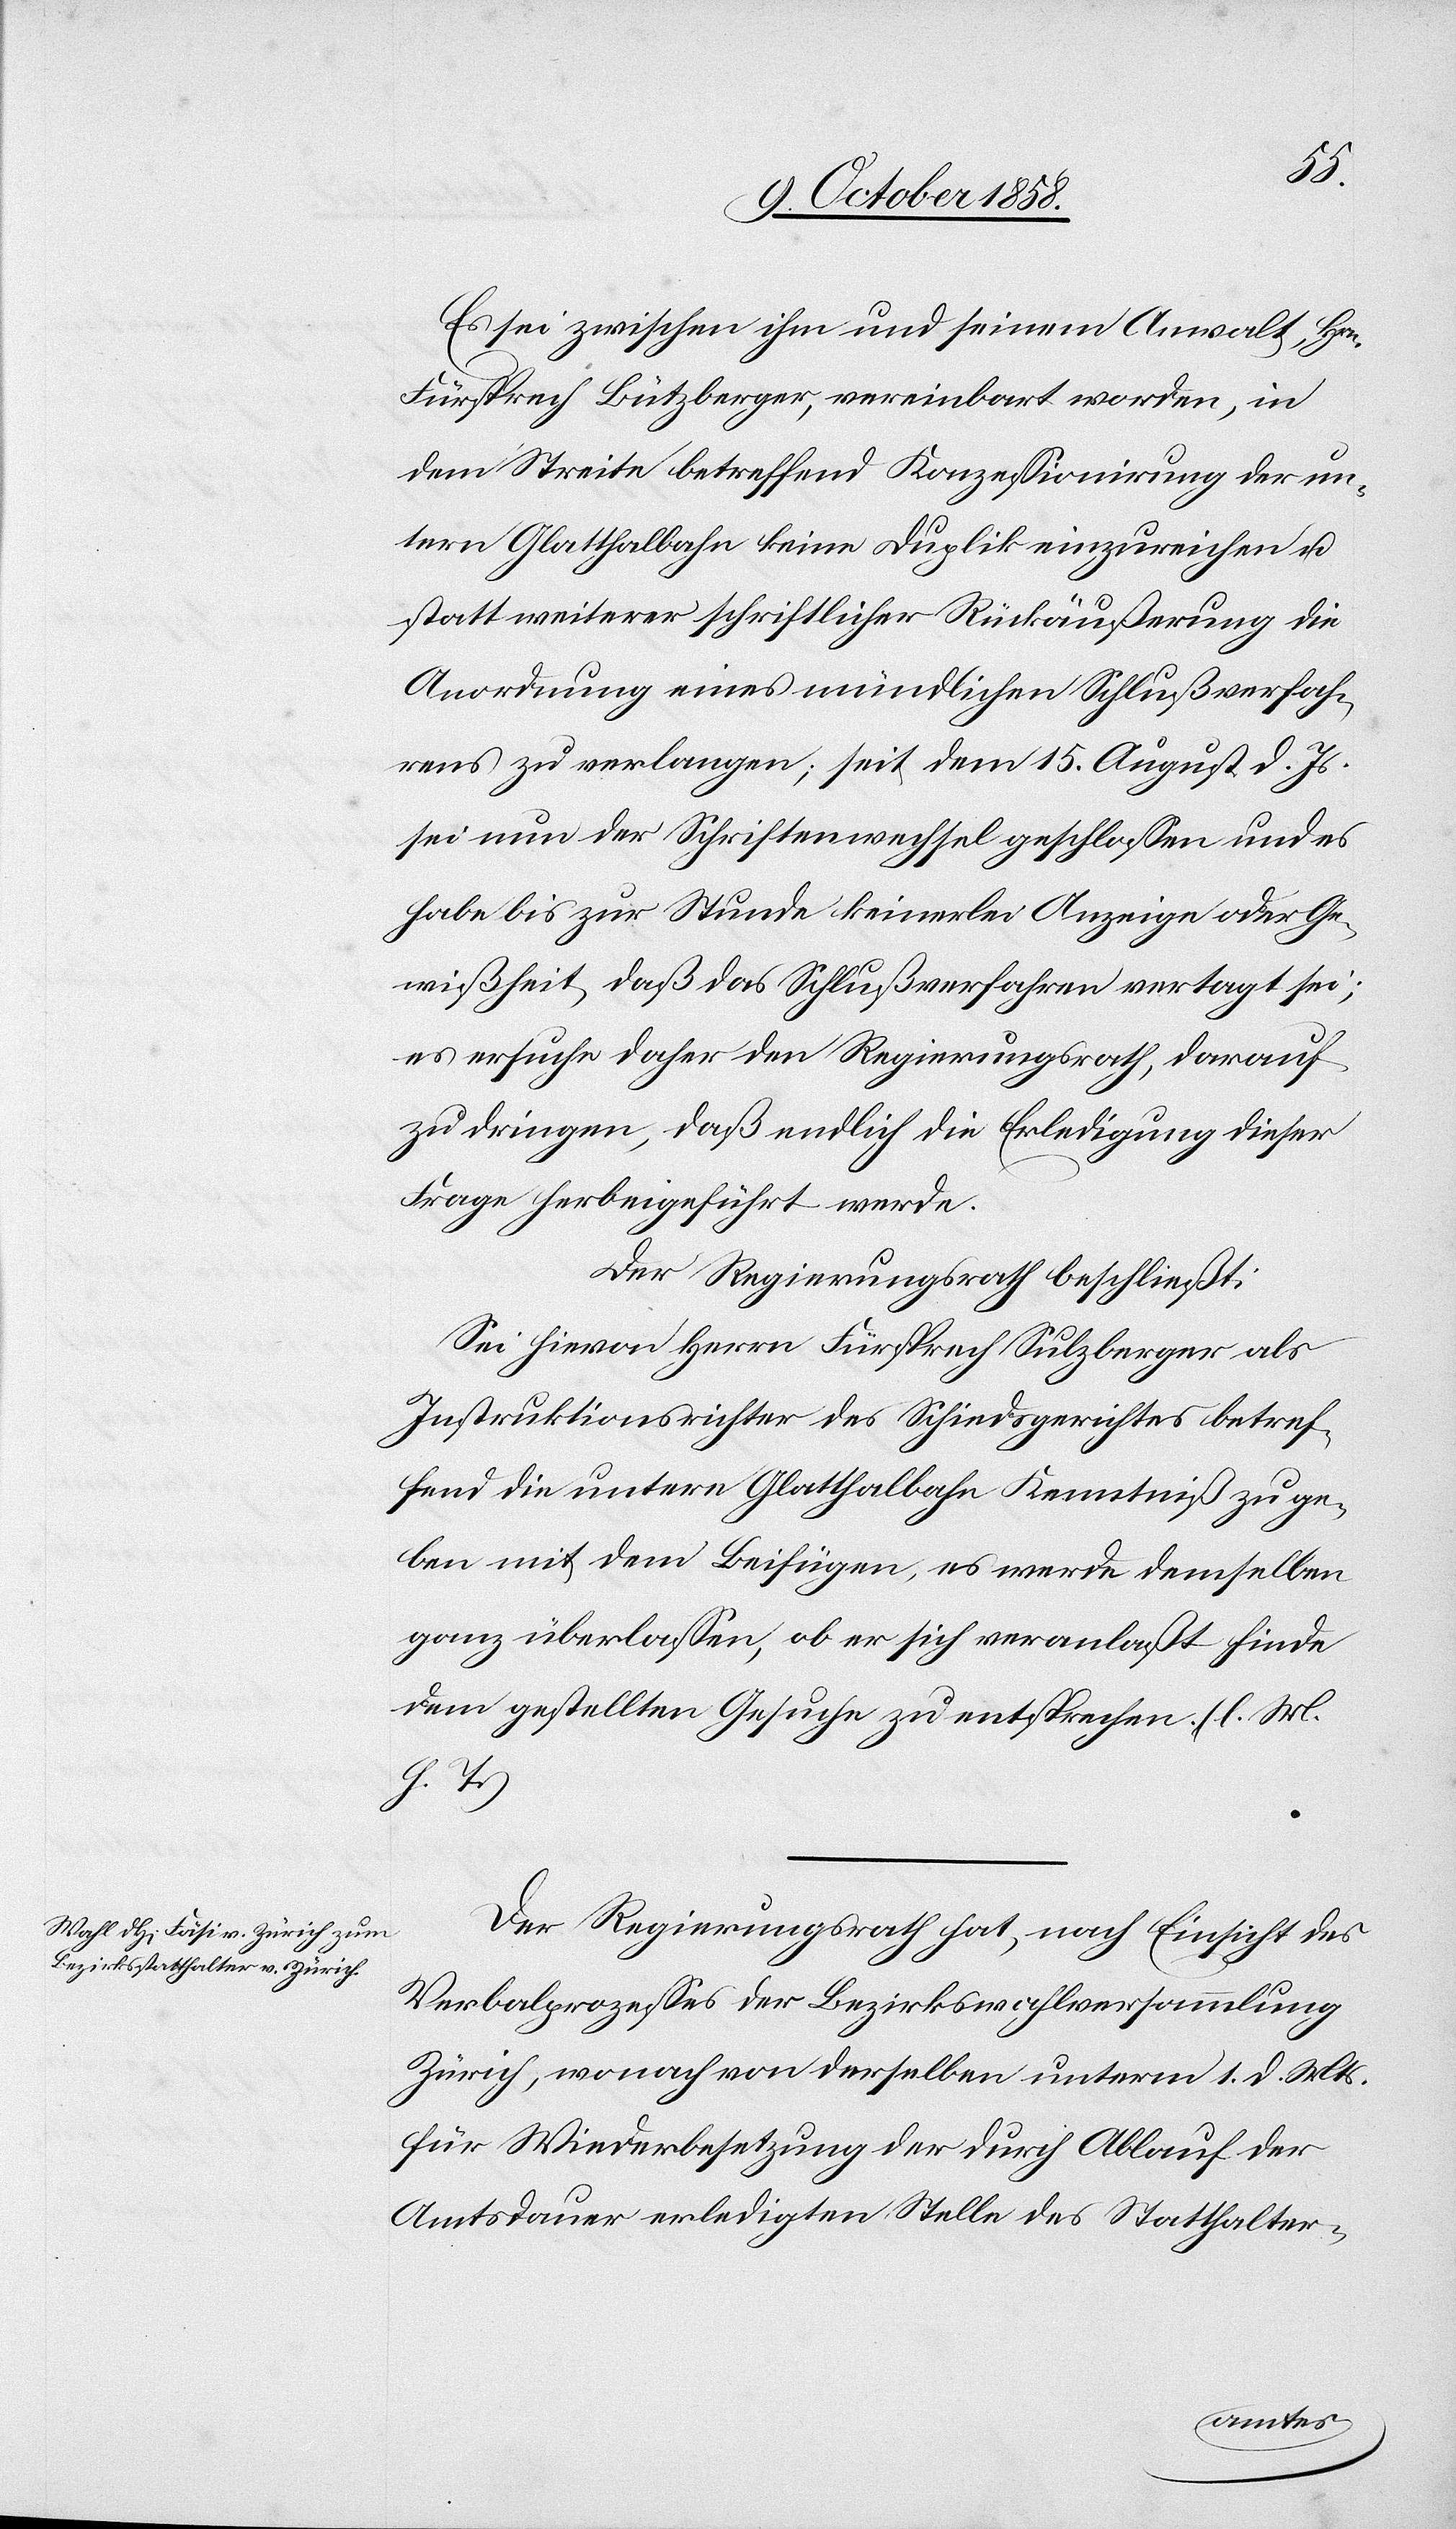
Es sei zwischen ihm und seinem Anwalt, Hrn.
Fürsprech Bützberger, vereinbart worden, in
dem Streite betreffend Konzessionirung der un¬
tern Glatthalbahn keine Duplik einzureichen u.
statt weiterer schriftlicher Rückäußerung die
Anordnung eines mündlichen Schlußverfah¬
rens zu verlangen; seit dem 15. August d. Js.
sei nun der Schriftenwechsel geschlossen und es
habe bis zur Stunde keinerlei Anzeige oder Ge¬
wißheit, daß das Schlußverfahren vertagt sei;
es ersuche daher den Regierungsrath, darauf
zu dringen, daß endlich die Erledigung dieser
Frage herbeigeführt werde.
Der Regierungsrath beschließt:
Sei hievon Herrn Fürsprech Sulzberger als
Instruktionsrichter des Schiedsgerichtes betref¬
fend die untere Glatthalbahn Kenntniß zu ge¬
ben mit dem Beifügen, es werde demselben
ganz überlassen, ob er sich veranlaßt finde
dem gestellten Gesuche zu entsprechen. (l. M.
h. T.)
Der Regierungsrath hat, nach Einsicht des
Verbalprozesses der Bezirkswahlversammlung
Zürich, wonach von derselben unterm 1. d. Mts.
für Wiederbesetzung der durch Ablauf der
Amtsdauer erledigten Stelle des Statthalter-